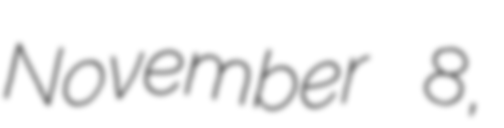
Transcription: November 8,